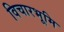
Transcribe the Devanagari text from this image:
विचारभूमि